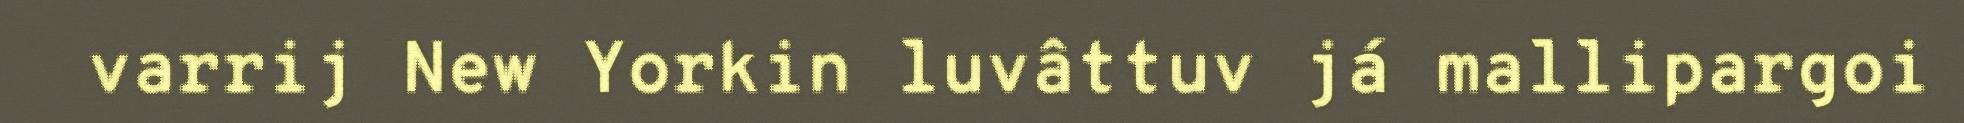
varrij New Yorkin luvâttuv já mallipargoi